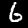
Digit: 6